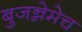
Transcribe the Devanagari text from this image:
बुजन्नेमेच